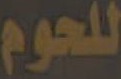
للحوم